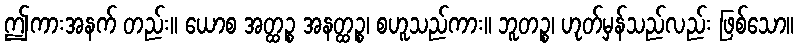
ဤကားအနက် တည်း။ ယောစ အတ္ထဉ္စ အနတ္ထဉ္စ၊ စဟူသည်ကား။ ဘူတဉ္စ၊ ဟုတ်မှန်သည်လည်း ဖြစ်သော။